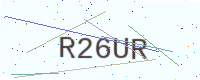
Text: R26UR